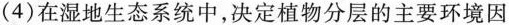
（4）在湿地生态系统中，决定植物分层的主要环境因